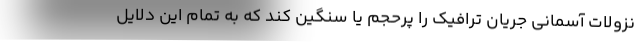
نزولات آسمانی جریان ترافیک را پرحجم یا سنگین کند که به تمام این دلایل